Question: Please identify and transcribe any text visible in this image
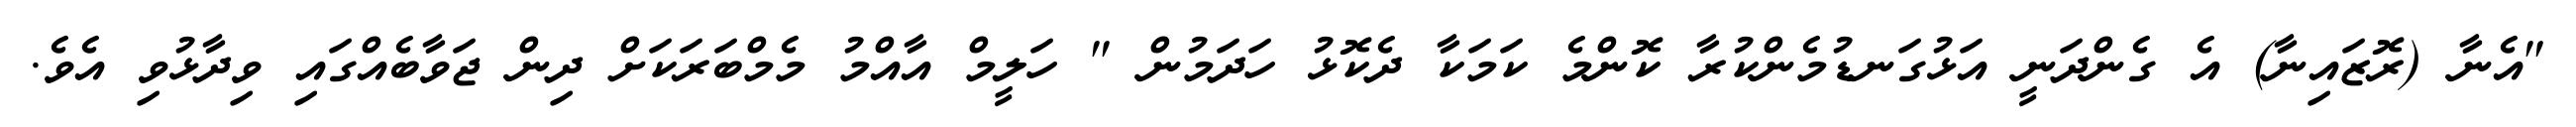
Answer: "އެނާ (ރޮޒައިނާ) އެ ގެންދަނީ އަޅުގަނޑުމެންކުރާ ކޮންމެ ކަމަކާ ދެކޮޅު ހަދަމުން " ހަލީމް އާއްމު މެމްބަރަކަށް ދިން ޖަވާބެއްގައި ވިދާޅުވި އެވެ.